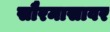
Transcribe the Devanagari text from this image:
सौरमासावर